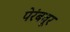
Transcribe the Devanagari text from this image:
पेरंबवूर